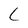
Character: c